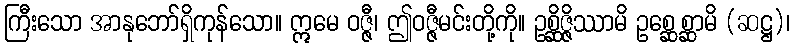
ကြီးသော အာနုဘော်ရှိကုန်သော။ ဣမေ ဝဇ္ဇီ၊ ဤဝဇ္ဇီမင်းတို့ကို။ ဥစ္ဆိဇ္ဇိဿာမိ ဥစ္ဆေစ္ဆာမိ (ဆဋ္ဌ)၊